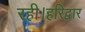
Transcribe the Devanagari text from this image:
रही।हरिद्वार